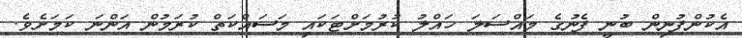
އެކުންފުނިން ބުނީ ފެނުގެ މައްސަލަ ހައްލު ކުރުމަށްޓަކައި މަސައްކަތް ކުރަމުން އަންނަ ކަމަށެވެ.